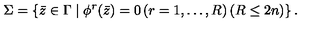
\Sigma = \left\{ \bar { z } \in \Gamma \mid \phi ^ { r } ( \bar { z } ) = 0 \left( r = 1 , \ldots , R \right) \left( R \leq 2 n \right) \right\} .